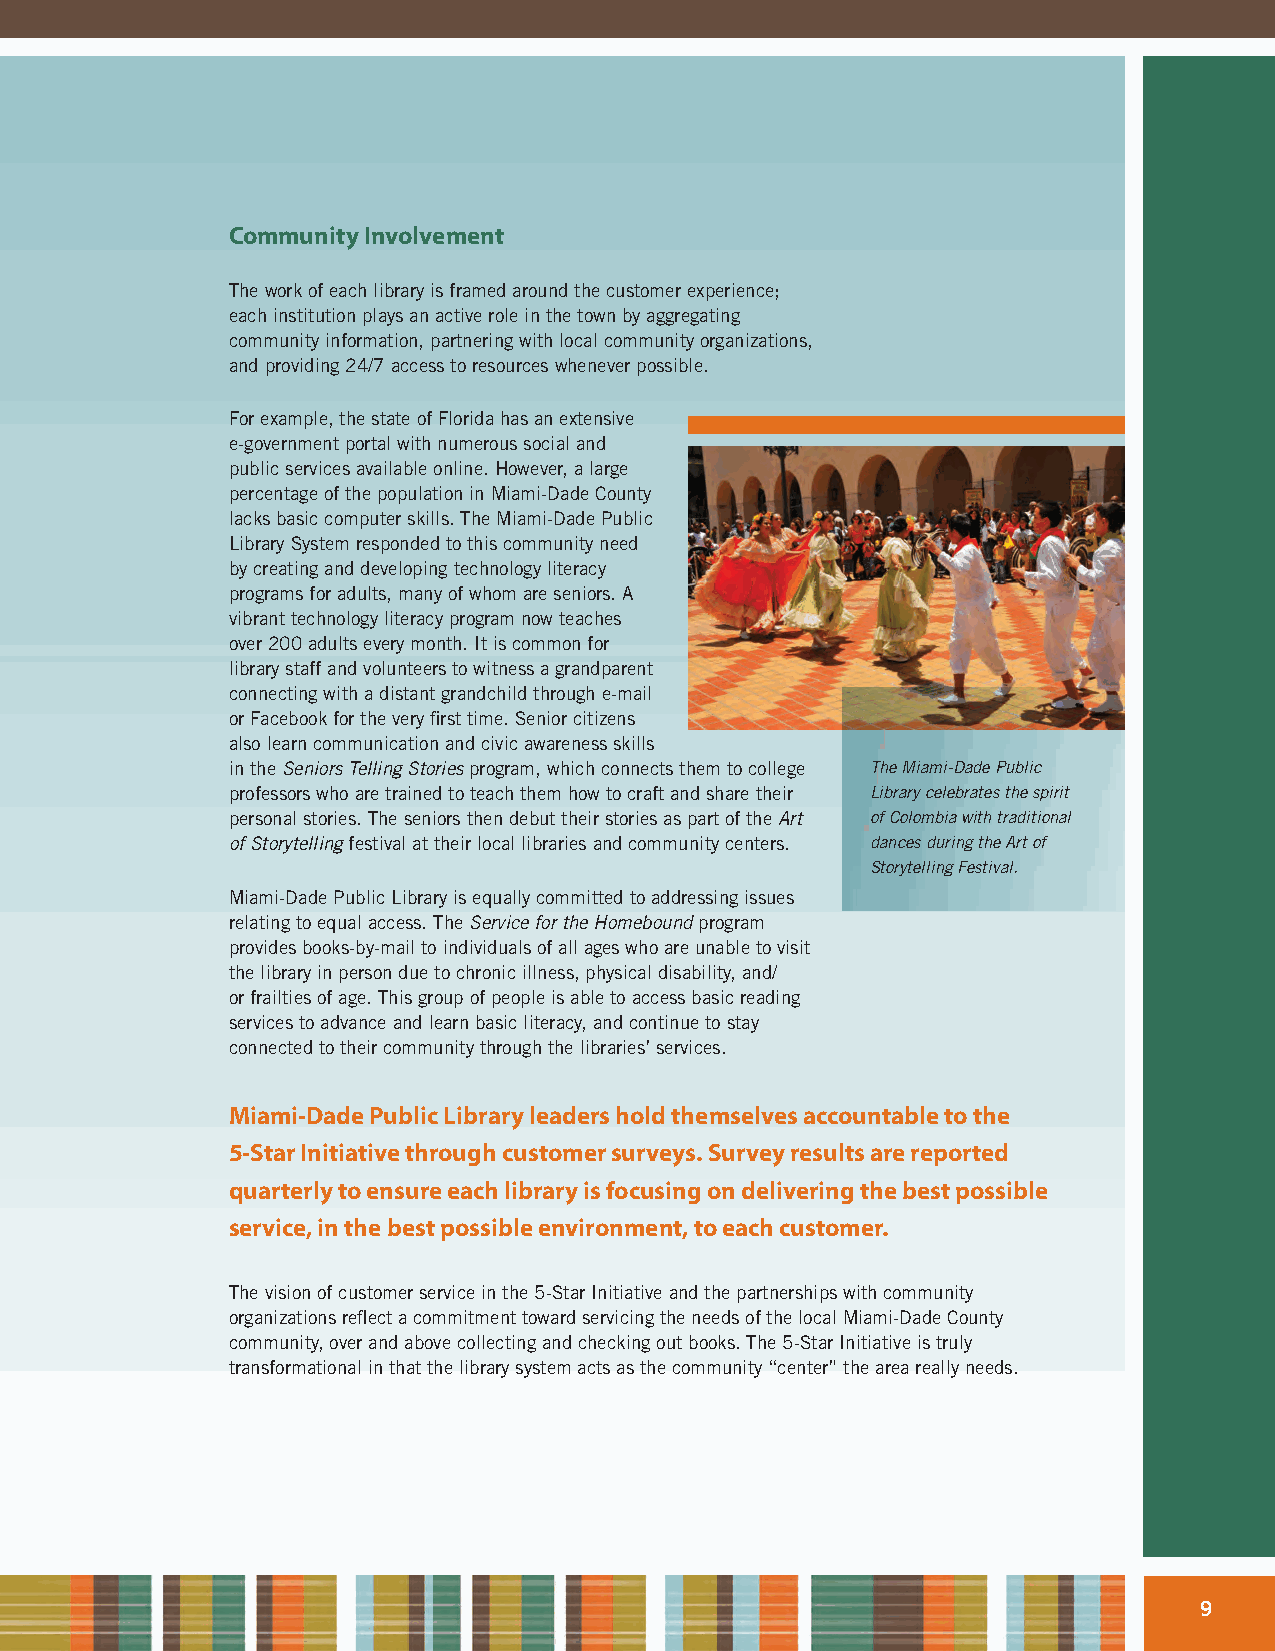
Community Involvement
 The work of each library is framed around the customer experience;
 each institution plays an active role in the town by aggregating
 community information, partnering with local community organizations,
 and providing 24/7 access to resources whenever possible.
 For example, the state of Florida has an extensive
 e-government portal with numerous social and
 public services available online. However, a large
 percentage of the population in Miami-Dade County
 lacks basic computer skills. The Miami-Dade Public
 Library System responded to this community need
 by creating and developing technology literacy
 programs for adults, many of whom are seniors. A
 vibrant technology literacy program now teaches
 over 200 adults every month. It is common for
 library staff and volunteers to witness a grandparent
 connecting with a distant grandchild through e-mail
 or Facebook for the very first time. Senior citizens
 also learn communication and civic awareness skills
 in the Seniors Telling Stories program, which connects them to college The Miami-Dade Public
 professors who are trained to teach them how to craft and share their Library celebrates the spirit
 personal stories. The seniors then debut their stories as part of the Art of Colombia with traditional
 of Storytelling festival at their local libraries and community centers. dances during the Art of
 Storytelling Festival.
 Miami-Dade Public Library is equally committed to addressing issues
 relating to equal access. The Service for the Homebound program
 provides books-by-mail to individuals of all ages who are unable to visit
 the library in person due to chronic illness, physical disability, and/
 or frailties of age. This group of people is able to access basic reading
 services to advance and learn basic literacy, and continue to stay
 connected to their community through the libraries’ services.
 Miami-Dade Public Library leaders hold themselves accountable to the
 5-Star Initiative through customer surveys. Survey results are reported
 quarterly to ensure each library is focusing on delivering the best possible
 service, in the best possible environment, to each customer.
 The vision of customer service in the 5-Star Initiative and the partnerships with community
 organizations reflect a commitment toward servicing the needs of the local Miami-Dade County
 community, over and above collecting and checking out books. The 5-Star Initiative is truly
 transformational in that the library system acts as the community “center” the area really needs.
 9